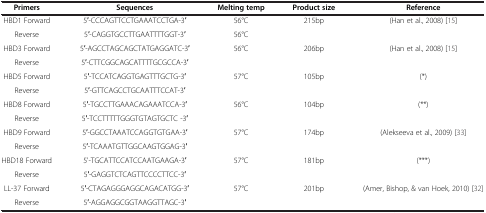
<table><thead><tr><td><b>Primers</b></td><td><b>Sequences</b></td><td><b>Melting temp</b></td><td><b>Product size</b></td><td><b>Reference</b></td></tr></thead><tbody><tr><td>HBD1 Forward</td><td>5′-CCCAGTTCCTGAAATCCTGA-3′</td><td>56°C</td><td>215bp</td><td>(Han et al., 2008) [15]</td></tr><tr><td>Reverse</td><td>5′-CAGGTGCCTTGAATTTTGGT-3′</td><td>56°C</td><td> </td><td> </td></tr><tr><td>HBD3 Forward</td><td>5′-AGCCTAGCAGCTATGAGGATC-3′</td><td>56°C</td><td>206bp</td><td>(Han et al., 2008) [15]</td></tr><tr><td>Reverse</td><td>5′-CTTCGGCAGCATTTTGCGCCA-3′</td><td> </td><td> </td><td> </td></tr><tr><td>HBD5 Forward</td><td>5′-TCCATCAGGTGAGTTTGCTG-3′</td><td>57°C</td><td>105bp</td><td>(*)</td></tr><tr><td>Reverse</td><td>5′-GTTCAGCCTGCAATTTCCAT-3′</td><td> </td><td> </td><td> </td></tr><tr><td>HBD8 Forward</td><td>5′-TGCCTTGAAACAGAAATCCA-3′</td><td>56°C</td><td>104bp</td><td>(**)</td></tr><tr><td>Reverse</td><td>5′-TCCTTTTTGGGTGTAGTGCTC -3′</td><td> </td><td> </td><td> </td></tr><tr><td>HBD9 Forward</td><td>5′-GGCCTAAATCCAGGTGTGAA-3′</td><td>57°C</td><td>174bp</td><td>(Alekseeva et al., 2009) [33]</td></tr><tr><td>Reverse</td><td>5′-TCAAATGTTGGCAAGTGGAG-3′</td><td> </td><td> </td><td> </td></tr><tr><td>HBD18 Forward</td><td>5&#x27;-TGCATTCCATCCAATGAAGA-3′</td><td>57°C</td><td>181bp</td><td>(***)</td></tr><tr><td>Reverse</td><td>5′-GAGGTCTCAGTTCCCCTTCC-3′</td><td> </td><td> </td><td> </td></tr><tr><td>LL-37 Forward</td><td>5′-CTAGAGGGAGGCAGACATGG-3′</td><td>57°C</td><td>201bp</td><td>(Amer, Bishop, &amp; van Hoek, 2010) [32]</td></tr><tr><td>Reverse</td><td>5′-AGGAGGCGGTAAGGTTAGC-3′</td><td> </td><td> </td><td> </td></tr></tbody></table>